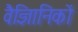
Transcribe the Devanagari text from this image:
वैज्ञिानिकों